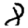
Digit: 8